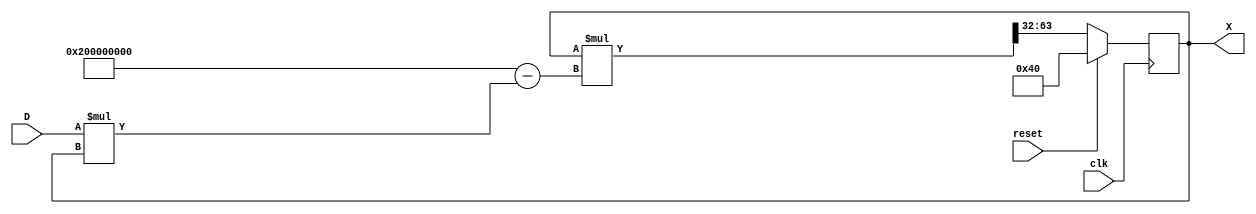
`timescale 1ns / 1ps
//////////////////////////////////////////////////////////////////////////////////
// Company: 
// Engineer: 
// 
// Design Name: 
// Module Name:    inverse 
// Project Name: 
// Target Devices: 
// Tool versions: 
// Description: 
//
// Dependencies: 
//
// Revision: 
// Revision 0.01 - File Created
// Additional Comments: 
//
//////////////////////////////////////////////////////////////////////////////////
module inverse(clk, reset, D, X);

	input [63:0] D;
	output reg signed [31:0] X;
	input clk ,reset;
	
	//x(2-dx)
	reg signed [95:0] temp1;//D*X(80,32)
	wire signed [95:0] two_cons;//2(80,32)
	reg signed [95:0] temp2;//2-D*X(80,32)
	reg signed [127:0] temp3;//X(2-D*X) (0,32 * (80,32))
									//80,64

	assign two_cons = 96'b0000_0000_0000_0000_0000_0000_0000_0000_0000_0000_0000_0000_0000_0000_0000_0010_0000_0000_0000_0000_0000_0000_0000_0000;

	//////////////////////////////////////
	always @(posedge clk)
	begin
		 if (reset==1'b1)
			 X <= 32'b0000_0000_0000_0000_0000_0000_0100_0000;
		 else
			 X <= temp3[63:32];
	end


	////////////////////////////////////////
	always @(*)
	begin
		temp1 = D*X; //////   [11:8,7:0]x[11:8,7:0]=[63:32,31:0]
		temp2 = two_cons - temp1; //////[63:32,31:0]
		temp3 = X*temp2; /////     [11:8,7:0]x[23:16,15:0]=[95:64,63:0]
	end
	/////////////////////////////////////////////////////////////////


endmodule